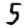
Digit: 5